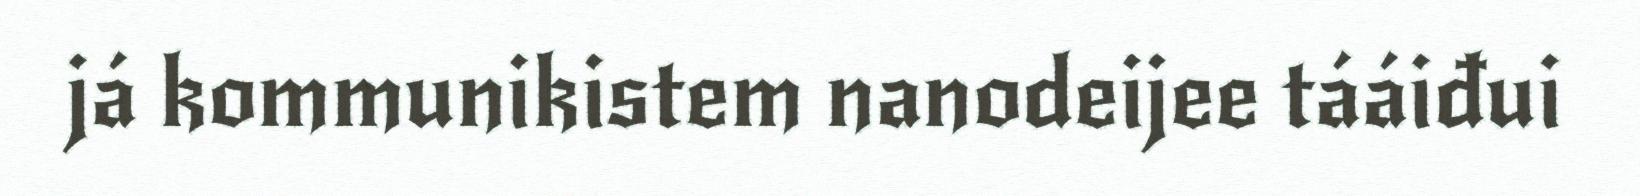
já kommunikistem nanodeijee tááiđui